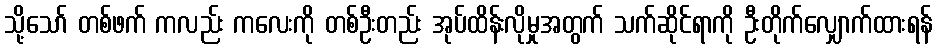
သို့သော် တစ်ဖက် ကလည်း ကလေးကို တစ်ဦးတည်း အုပ်ထိန်းလိုမှုအတွက် သက်ဆိုင်ရာကို ဦးတိုက်လျှောက်ထားရန်